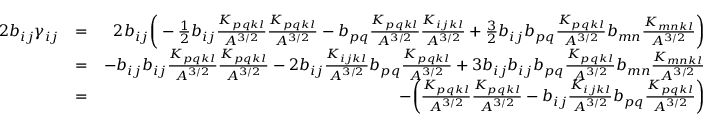
\begin{array} { r l r } { 2 b _ { i j } \gamma _ { i j } } & { = } & { 2 b _ { i j } \bigg ( - \frac { 1 } { 2 } b _ { i j } \frac { K _ { p q k l } } { A ^ { 3 / 2 } } \frac { K _ { p q k l } } { A ^ { 3 / 2 } } - b _ { p q } \frac { K _ { p q k l } } { A ^ { 3 / 2 } } \frac { K _ { i j k l } } { A ^ { 3 / 2 } } + \frac { 3 } { 2 } b _ { i j } b _ { p q } \frac { K _ { p q k l } } { A ^ { 3 / 2 } } b _ { m n } \frac { K _ { m n k l } } { A ^ { 3 / 2 } } \bigg ) } \\ & { = } & { - b _ { i j } b _ { i j } \frac { K _ { p q k l } } { A ^ { 3 / 2 } } \frac { K _ { p q k l } } { A ^ { 3 / 2 } } - 2 b _ { i j } \frac { K _ { i j k l } } { A ^ { 3 / 2 } } b _ { p q } \frac { K _ { p q k l } } { A ^ { 3 / 2 } } + 3 b _ { i j } b _ { i j } b _ { p q } \frac { K _ { p q k l } } { A ^ { 3 / 2 } } b _ { m n } \frac { K _ { m n k l } } { A ^ { 3 / 2 } } } \\ & { = } & { - \bigg ( \frac { K _ { p q k l } } { A ^ { 3 / 2 } } \frac { K _ { p q k l } } { A ^ { 3 / 2 } } - b _ { i j } \frac { K _ { i j k l } } { A ^ { 3 / 2 } } b _ { p q } \frac { K _ { p q k l } } { A ^ { 3 / 2 } } \bigg ) } \end{array}